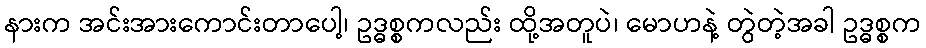
နားက အင်းအားကောင်းတာပေါ့၊ ဥဒ္ဓစ္စကလည်း ထို့အတူပဲ၊ မောဟနဲ့ တွဲတဲ့အခါ ဥဒ္ဓစ္စက